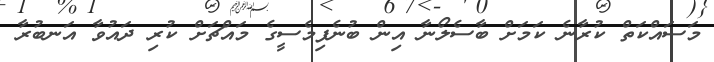
މަސައްކަތް ކުރާނެ ކަމަށް ބާސެލޯނާ އިން ބުނެފިމެސީގެ މައްޗަށް ކުރި ދައުވާ އަނބުރާ